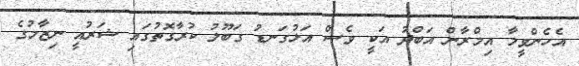
އެހެންވީމާ އިމްރާން އަބްދު އަކީ ވެސް އަޅުގަނޑު ގަބޫލު ކުރާގޮތުގައި ޝަރުއީ ނިޒާމުގެ